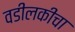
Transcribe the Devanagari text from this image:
वडीलकीचा